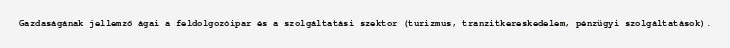
Gazdaságának jellemző ágai a feldolgozóipar és a szolgáltatási szektor (turizmus, tranzitkereskedelem, pénzügyi szolgáltatások).